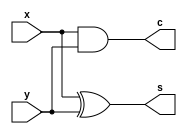
module Q1(input x,input y,output s,output c);

    assign s = x ^ y;
    assign c = x & y;
endmodule